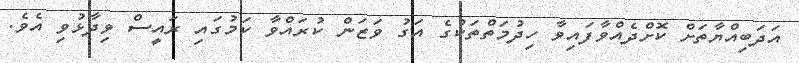
އަދަބިއްޔާތަށް ކޮށްދެއްވާފައިވާ ހިދުމަތްތަކުގެ އަގު ވަޒަން ކުރައްވާ ކަމުގައި ރައީސް ވިދާޅުވި އެވެ.